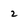
Character: 2